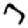
Digit: 7